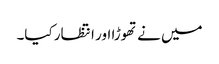
میں نے تھوڑا اور انتظار کیا۔